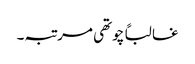
غالباً چوتھی مرتبہ۔